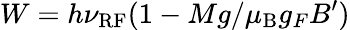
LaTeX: W=h\nu_{\mathrm{RF}}(1-Mg/\mu_{\mathrm{B}}g_{F}B^{\prime})